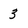
Character: 3